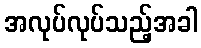
အလုပ်လုပ်သည့်အခါ